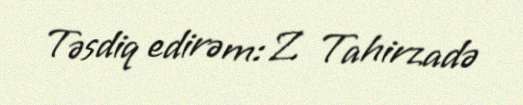
Təsdiq edirəm: Z. Tahirzadə